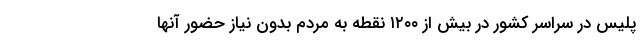
پلیس در سراسر کشور در بیش از ۱۲۰۰ نقطه به مردم بدون نیاز حضور آنها